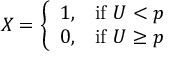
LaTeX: \displaystyle X = { \left\{ \begin{array} { l l } { 1 , } & { { \mathrm { i f ~ } } U < p } \\ { 0 , } & { { \mathrm { i f ~ } } U \geq p } \end{array} \right. }